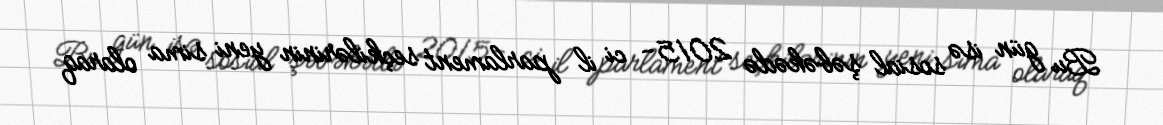
Bu gün isə sosial şəbəkədə 2015- ci il parlament seçkilərinin yeni sima olaraq